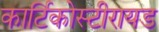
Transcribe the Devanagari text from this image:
कार्टिकोस्टीरायड